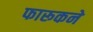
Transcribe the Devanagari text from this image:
फारूकने